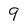
Character: 9